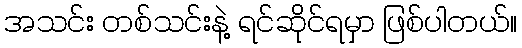
အသင်း တစ်သင်းနဲ့ ရင်ဆိုင်ရမှာ ဖြစ်ပါတယ်။